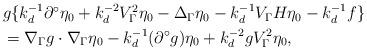
LaTeX: \begin{align*} \begin{aligned} &g\{k_d^{-1}\partial^\circ\eta_0+k_d^{-2}V_\Gamma^2\eta_0-\Delta_\Gamma\eta_0-k_d^{-1}V_\Gamma H\eta_0-k_d^{-1}f\} \\ &= \nabla_\Gamma g\cdot\nabla_\Gamma\eta_0-k_d^{-1}(\partial^\circ g)\eta_0+k_d^{-2}gV_\Gamma^2\eta_0, \end{aligned}\end{align*}